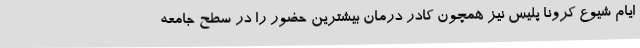
ایام شیوع کرونا پلیس نیز همچون کادر درمان بیشترین حضور را در سطح جامعه